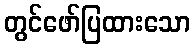
တွင်ဖော်ပြထားသော